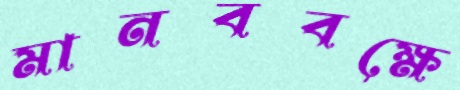
মানববক্ষে